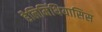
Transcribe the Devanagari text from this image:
हैलिमिंथियासिस